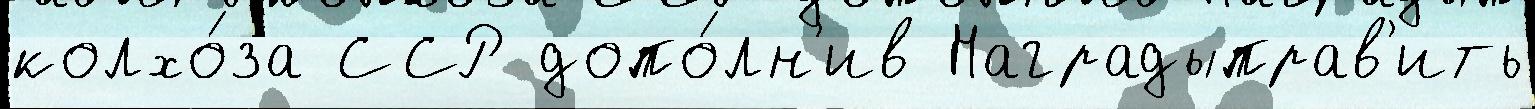
колхо́за ССР допо́лн'ив Наградыправ'ить